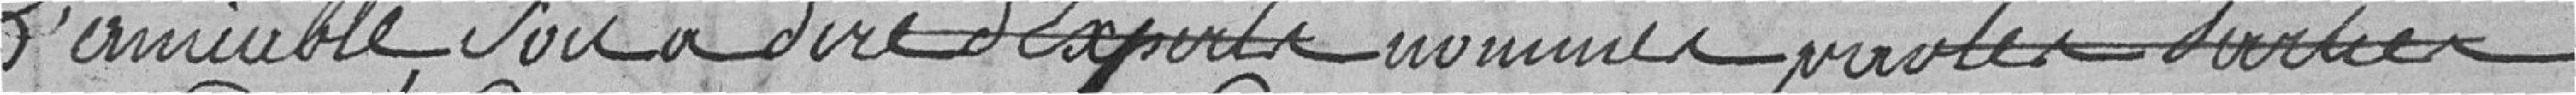
l'amiable, soit à dire d'experts nommés pour les sorties